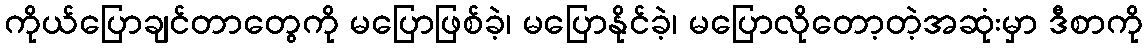
ကိုယ်ပြောချင်တာတွေကို မပြောဖြစ်ခဲ့၊ မပြောနိုင်ခဲ့၊ မပြောလိုတော့တဲ့အဆုံးမှာ ဒီစာကို